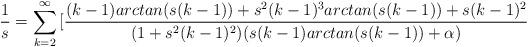
LaTeX: \begin{align*}\frac{1}{s}=\sum_{k=2}^{\infty}{[\frac{(k-1)arctan(s(k-1))+s^2(k-1)^3arctan(s(k-1))+s(k-1)^2}{(1+s^2(k-1)^2)(s(k-1)arctan(s(k-1))+\alpha)}} \end{align*}